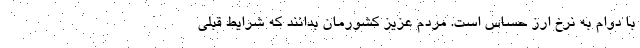
با دوام به نرخ ارز حساس است. مردم عزیز کشورمان بدانند که شرایط قبلی